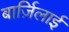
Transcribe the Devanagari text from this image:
बार्ज़िलाई